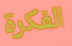
الفكرة